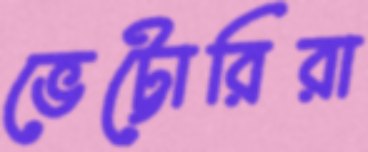
ভেট্টোরিরা